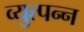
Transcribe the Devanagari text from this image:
व्युत्‍पन्‍न